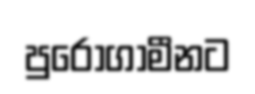
පුරෝගාමීනට